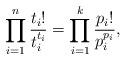
LaTeX: \begin{align*} \prod_{i = 1}^n\frac{t_i!}{t_i^{t_i}} = \prod_{i = 1}^k\frac{p_i!}{p_i^{p_i}}, \end{align*}